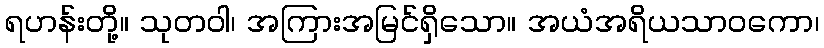
ရဟန်းတို့။ သုတဝါ၊ အကြားအမြင်ရှိသော။ အယံအရိယသာဝကော၊